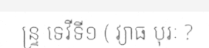
ន្ទ្រ ទេវីទី១ ( វ្យាធ បុរៈ ?